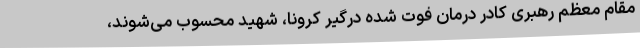
مقام معظم رهبری کادر درمان فوت شده درگیر کرونا، شهید محسوب می‌شوند،